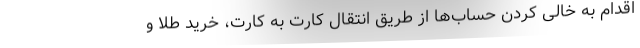
اقدام به خالی کردن حساب‌ها از طریق انتقال کارت به کارت، خرید طلا و